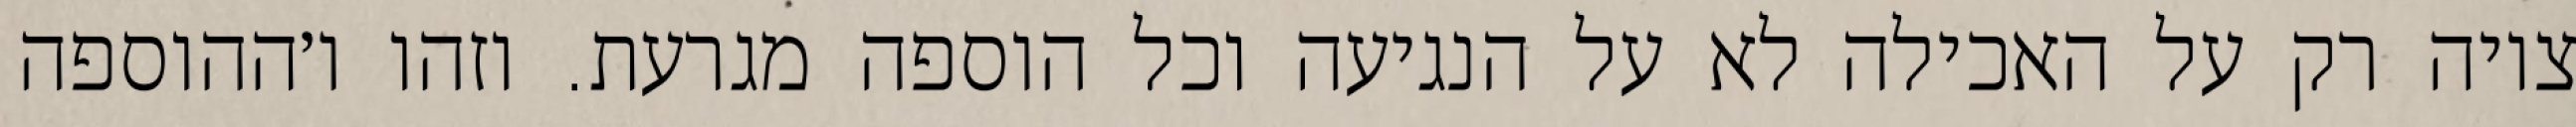
ציוה רק על האכילה לא על הנגיעה וכל הוספה מגרעת. וזהו ו׳ההוספה